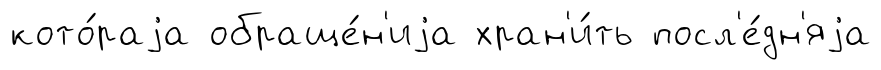
кото́раjа обраще́н'иjа хран'и́ть посл'е́дн'яjа